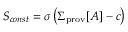
S _ { c o n s t } = \sigma \left( \Sigma _ { \mathrm { p r o v } } [ A ] - c \right)